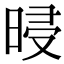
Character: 𣆲